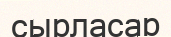
сырласар